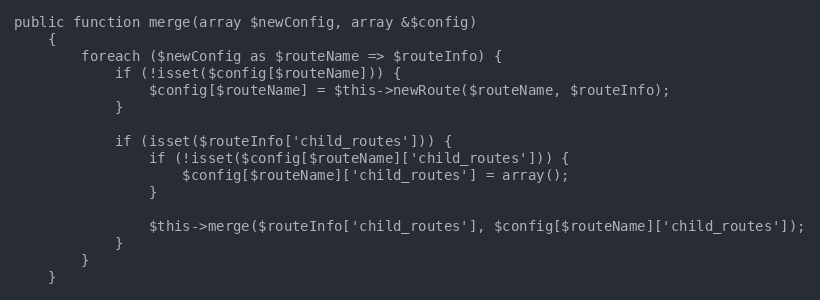
Language: PHP
public function merge(array $newConfig, array &$config)
    {
        foreach ($newConfig as $routeName => $routeInfo) {
            if (!isset($config[$routeName])) {
                $config[$routeName] = $this->newRoute($routeName, $routeInfo);
            }

            if (isset($routeInfo['child_routes'])) {
                if (!isset($config[$routeName]['child_routes'])) {
                    $config[$routeName]['child_routes'] = array();
                }

                $this->merge($routeInfo['child_routes'], $config[$routeName]['child_routes']);
            }
        }
    }